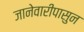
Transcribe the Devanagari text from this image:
जानेवारीपासुन